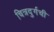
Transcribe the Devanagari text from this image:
चित्रदुर्गची